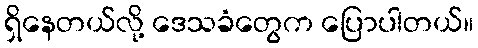
ရှိနေတယ်လို့ ဒေသခံတွေက ပြောပါတယ်။